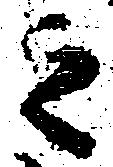
之